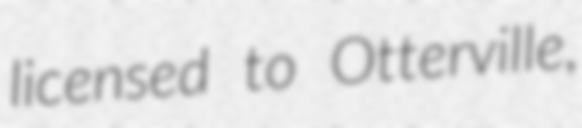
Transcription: licensed to Otterville,